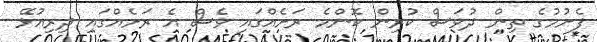
ފެށުމުގެ ތިން ދުވަސް ކުރިން ކޮންމެ ރަށެއްގައި ވެސް އެ ރަށެއްގައި ދިރިއުޅޭ